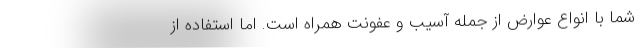
شما با انواع عوارض از جمله آسیب و عفونت همراه است. اما استفاده از